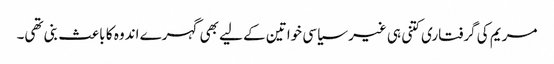
مریم کی گرفتاری کتنی ہی غیر سیاسی خواتین کے لیے بھی گہرے اندوہ کا باعث بنی تھی۔